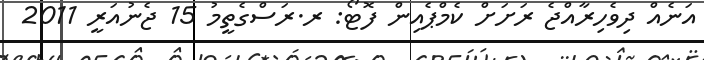
އަނެއް ދިވެހިރާއްޖެ ރަށަށް ކެމްޕެއިން ފޮޓޯ: ރ.ރަސްގެތީމު 15 ޖެނުއަރީ 2011